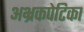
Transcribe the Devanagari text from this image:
अभ्रकपेटिका